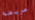
عريضة